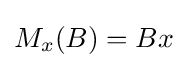
M_{x}(B)=Bx